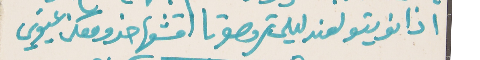
اذا نويتو لعند ليلى تروحو تا اقشعها خدو معكن عيوني